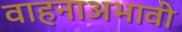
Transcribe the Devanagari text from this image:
वाहनाअभावी